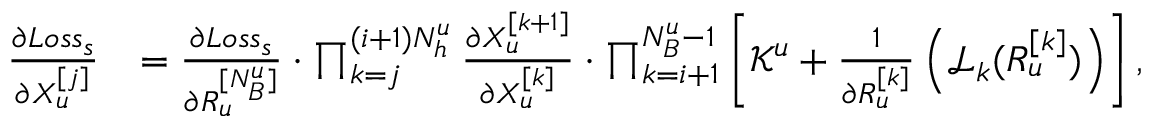
\begin{array} { r l } { \frac { \partial L o s s _ { s } } { \partial X _ { u } ^ { [ j ] } } } & { = \frac { \partial L o s s _ { s } } { \partial R _ { u } ^ { [ N _ { B } ^ { u } ] } } \cdot \prod _ { k = j } ^ { ( i + 1 ) N _ { h } ^ { u } } \frac { \partial X _ { u } ^ { [ k + 1 ] } } { \partial X _ { u } ^ { [ k ] } } \cdot \prod _ { k = i + 1 } ^ { N _ { B } ^ { u } - 1 } \left[ \mathcal { K } ^ { u } + \frac { 1 } { \partial R _ { u } ^ { [ k ] } } \left( \mathcal { L } _ { k } ( R _ { u } ^ { [ k ] } ) \right) \right] , } \end{array}